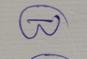
Signature authenticity: genuine